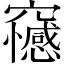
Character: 𥩇